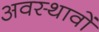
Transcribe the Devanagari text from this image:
अवस्थावों